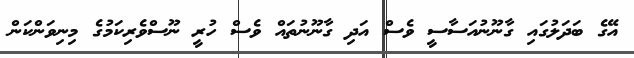
އޭގެ ބަދަލުގައި ގާނޫނުއަސާސީ ވެސް އަދި ގާނޫނުތައް ވެސް ހުރީ ނޫސްވެރިކަމުގެ މިނިވަންކަން